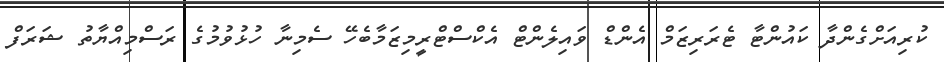
ކުރިއަށްގެންދާ ކައުންޓާ ޓެރަރިޒަމް އެންޑް ވައިލެންޓް އެކްސްޓްރީމިޒަމާބެހޭ ސެމިނާ ހުޅުވުމުގެ ރަސްމިއްޔާތު ޝަރަފް